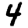
Digit: 4